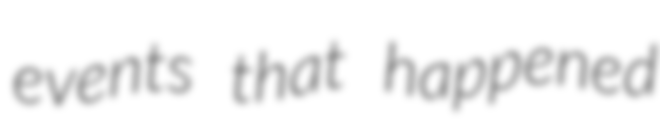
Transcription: events that happened